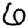
Digit: 6